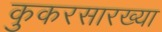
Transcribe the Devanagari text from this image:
कुकरसारख्या